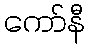
ကော်နီ